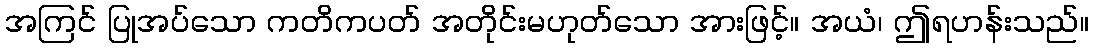
အကြင် ပြုအပ်သော ကတိကပတ် အတိုင်းမဟုတ်သော အားဖြင့်။ အယံ၊ ဤရဟန်းသည်။